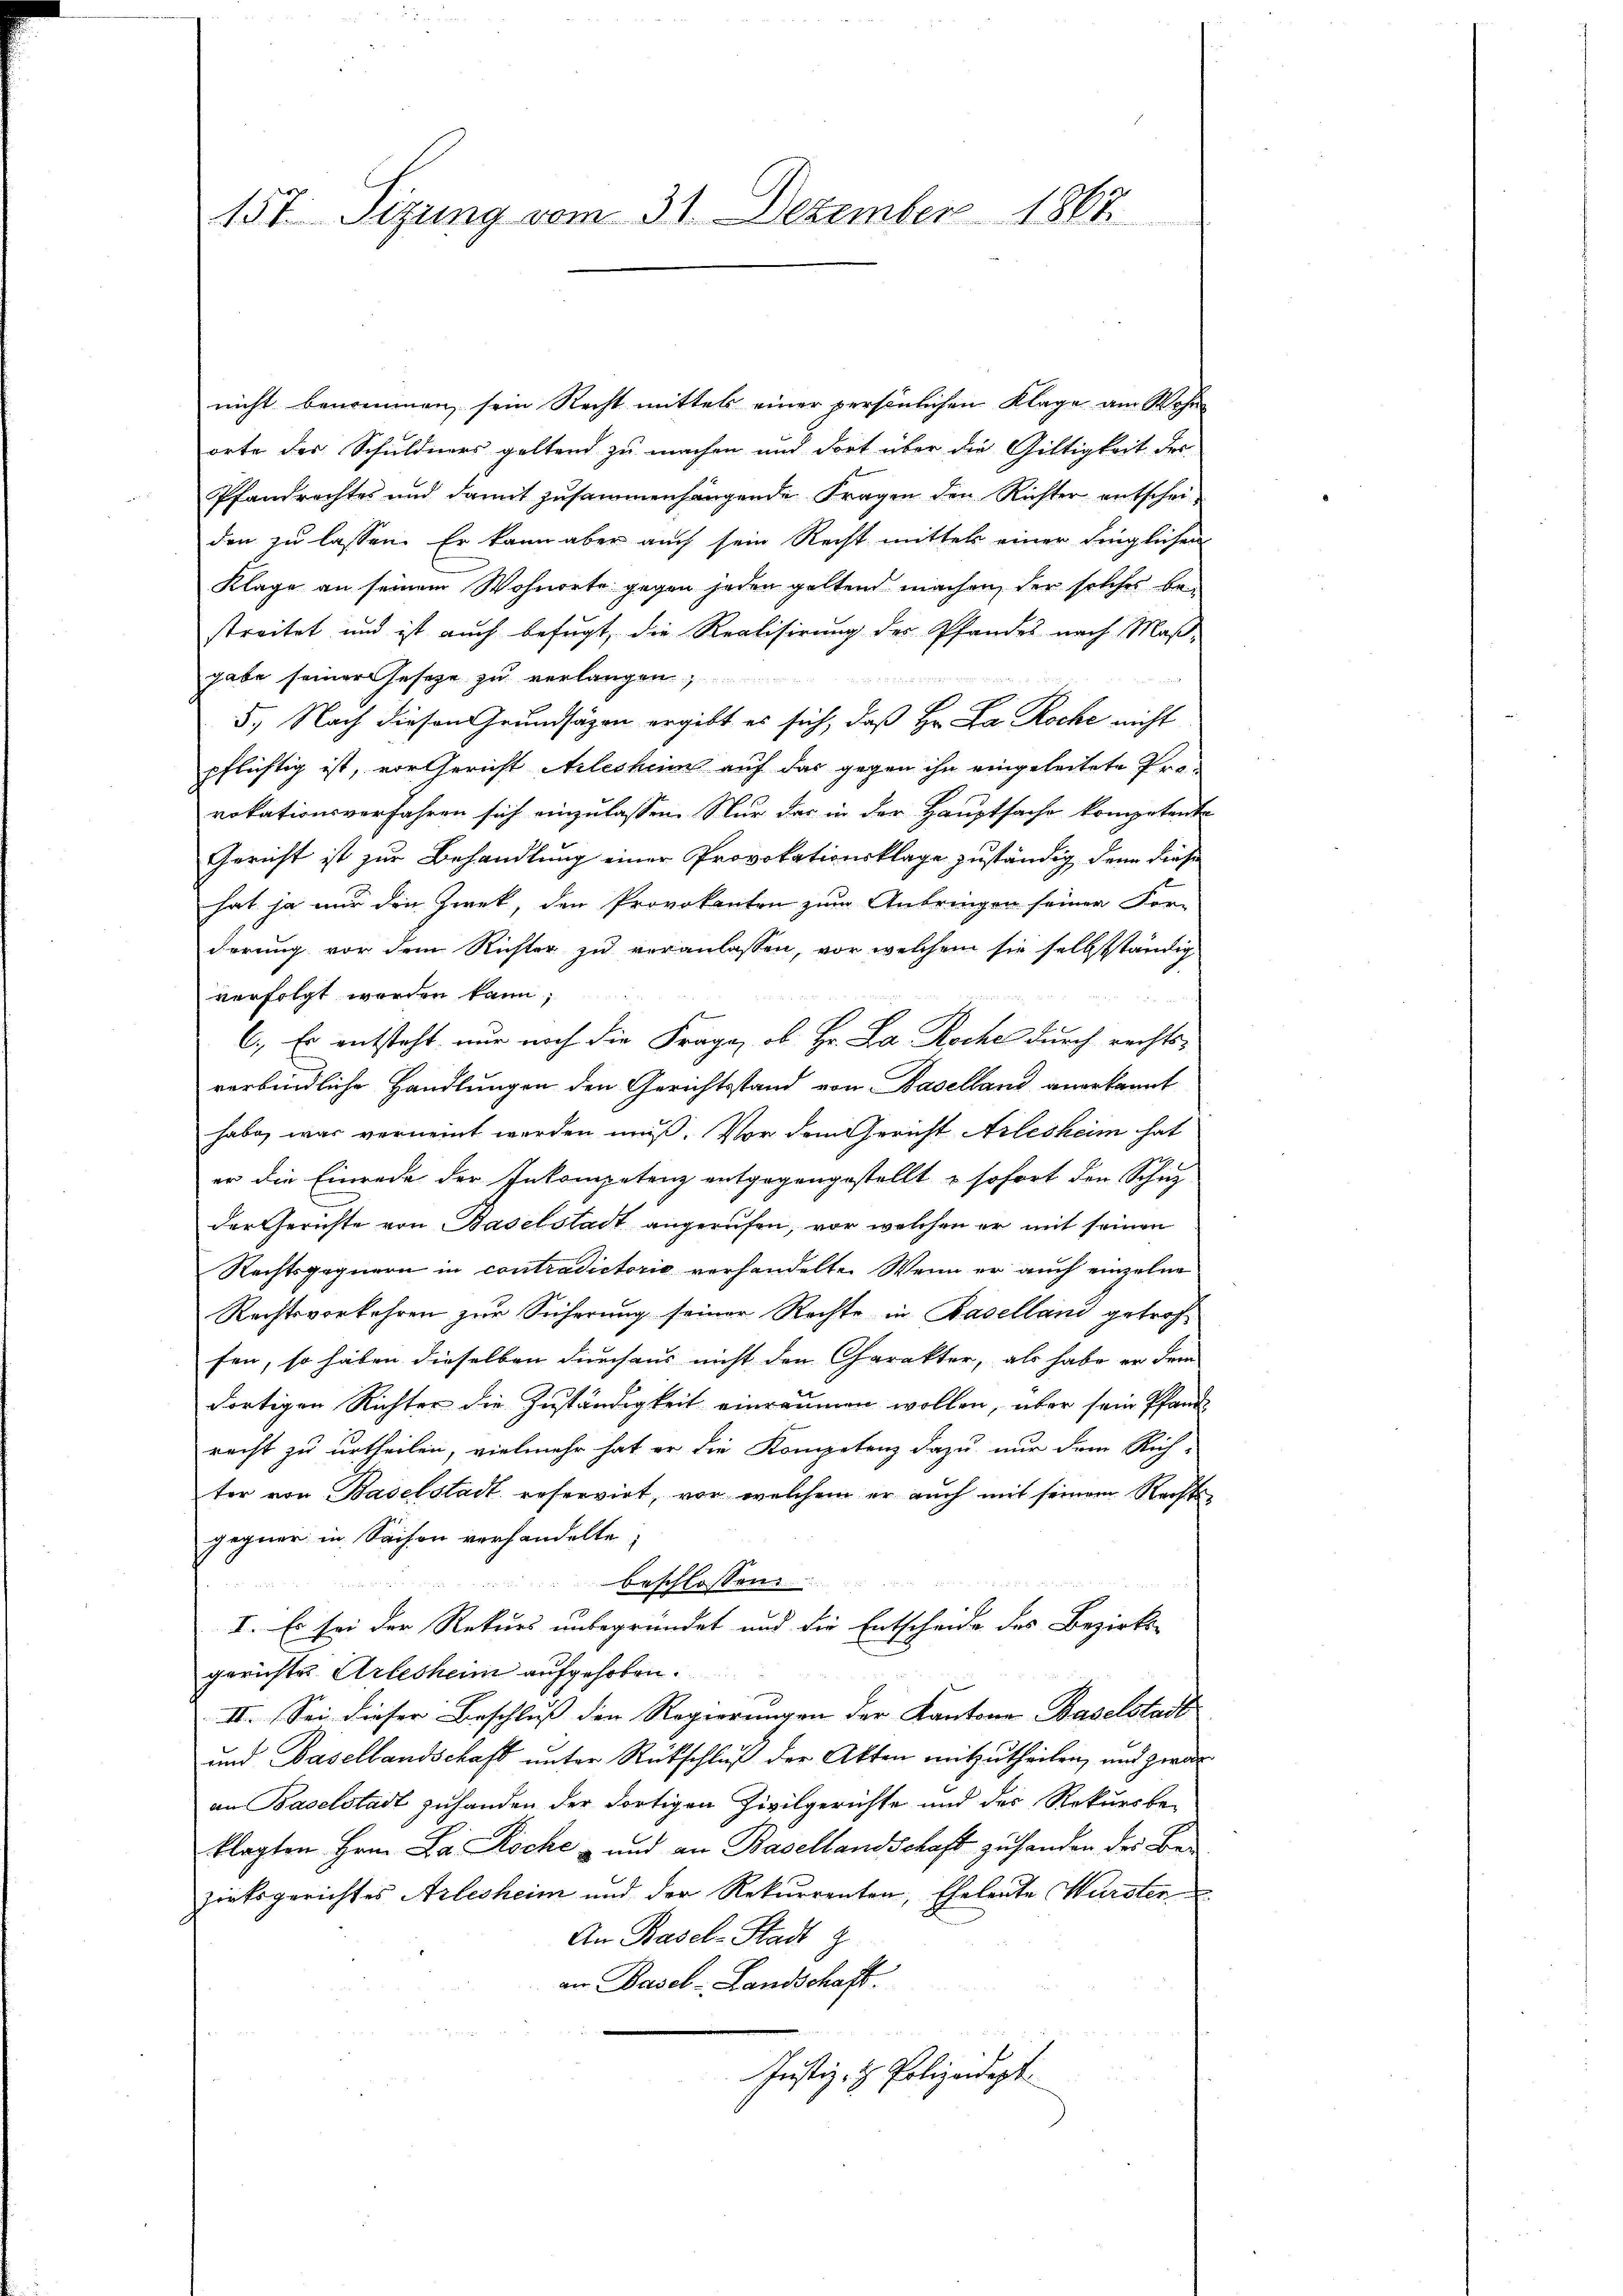
157. Sizung vom 31. Dezember 1867

nicht benommen, sein Recht mittels einer persönlichen Klage am Wohn
orte der Schuldners geltend zu machen und dort über die Gültigkeit des
Pfandrechtes und damit zusammenhängende Fragen den Richter entscheiden zu lassen. Er kann aber auch sein Recht mittels einer dinglichen
Klage an seinem Wohnorte gegen jeden geltend machen, der solches bestreitet und ist auch befugt, die Realisirung der Pfandes nach Maß-
gabe seiner Geseze zu verlangen,
a
5., Nach diesen Grundsätzen ergibt es sich, daß Hr. Da Roche nicht
pflichtig ist, vor Gericht Arlesheim auf das gegen ihn eingeleitete Provokationsverfahren sich einzulassen. Nur das in der Hauptsache kompetente
Gericht ist zur Behandlung einer Provokationsklage zuständig denn diese
hat ja nur die Zweck, den Provokanten zum Anbringen seiner For-
dörung vor dem Richter zu veranlassen, vor welchem sie selbstständig
verfolgt werden kann;
6. Er entsteht nur noch die Frage, ob Hr. La Roche durch rechtsverbindliche Handlungen den Gerichtsstand von Baselland anerkannt
habe, was verneint worden muß. Vor dem Gericht Arlesheim hat
er die Einrede der Inkompetenz entgegengestellt & sofort den Schich
der Gerichte von Baselstadt angerufen, vor welchen er mit seinen
Rechtsgegnern in contradictorio verhandelte. Wenn er auch einzelne
Rechtsvorkehren zur Sicherung seiner Rechte in Baselland getroffen, so haben dieselben durchaus nicht den Charakter, als habe er dem
dortigen Richter die Zuständigkeit einräumen wollen, über sein Pfand
recht zu urtheilen, vielmehr hat er die Kompetenz dazu nur dem Rich-
ter von Baselstadt reservirt, vor welchem er auch mit seinem Rechts-
gegner in Saison verhandelte,
beschlossen
2
I. Es sei der Rekurs unbegründet und die Entscheide des Bezirks-
gerichtes Arlesheim aufgehoben.
II. Sei dieser Beschluß den Regierungen der Kantone Baselstadt
und Basellandschaft unter Rückschluß der Akten mitzutheilen, und zwar
an Baselstadt zuhanden der dortigen Zivilgerichte und des Rekursbe-
klagten Hrn. Da Roche – und an Basellandschaft zu handen des Bezirksgerichtes Arlesheim und der Rekurrenten, Eheleute Wurster
An Basel-Stadt z
an Basel-Landschaft.
Justiz- & Polizeidept